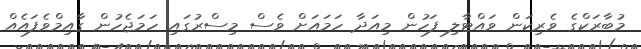
މުބާރަކްގެ ވެރިކަން ވައްޓާލި ފަހުން މިއަދާ ހަމައަށް ވެސް މިސްރުގައި ހަމަޖެހުން ގާއިމްވެފައެއް